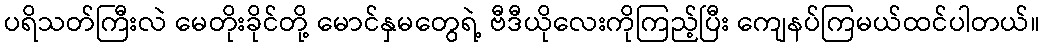
ပရိသတ်ကြီးလဲ မေတိုးခိုင်တို့ မောင်နှမတွေရဲ့ ဗီဒီယိုလေးကိုကြည့်ပြီး ကျေနပ်ကြမယ်ထင်ပါတယ်။